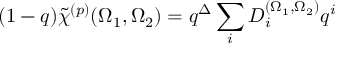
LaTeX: ( 1 - q ) \tilde { \chi } ^ { ( p ) } ( \Omega _ { 1 } , \Omega _ { 2 } ) = q ^ { \Delta } \sum _ { i } D _ { i } ^ { ( \Omega _ { 1 } , \Omega _ { 2 } ) } q ^ { i }